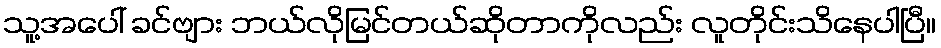
သူ့အပေါ် ခင်ဗျား ဘယ်လိုမြင်တယ်ဆိုတာကိုလည်း လူတိုင်းသိနေပါပြီ။